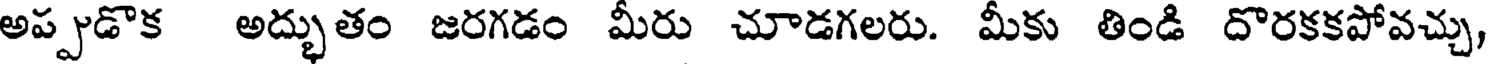
అప్పుడొక అద్భుతం జరగడం మీరు చూడగలరు. మీకు తిండి దొరకకపోవచ్చు,